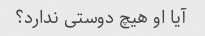
آیا او هیچ دوستی ندارد؟